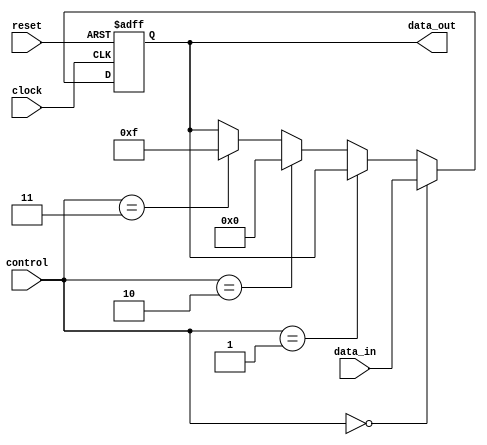
module bypass_register (
    input [3:0] data_in,
    input [3:0] control,
    input clock,
    input reset,
    output reg [3:0] data_out
);

reg [3:0] buffer;

always @(posedge clock or posedge reset) begin
    if (reset) begin
        buffer <= 4'b0000;
    end else begin
        if (control == 4'b0000) begin
            buffer <= data_in;
        end else if (control == 4'b0001) begin
            buffer <= buffer;
        end else if (control == 4'b0010) begin
            buffer <= 4'b0000;
        end else if (control == 4'b0011) begin
            buffer <= 4'b1111;
        end
    end
end

assign data_out = buffer;

endmodule